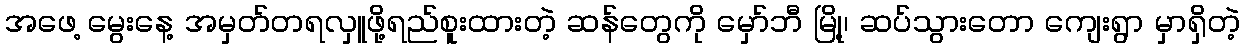
အဖေ့ မွေးနေ့ အမှတ်တရလှူဖို့ရည်စူးထားတဲ့ ဆန်တွေကို မှော်ဘီ မြို့၊ ဆပ်သွားတော ကျေးရွာ မှာရှိတဲ့